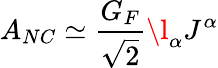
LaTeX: A_{NC}\simeq\frac{G_{F}}{\sqrt{2}}\l_{\alpha}J^{\alpha}